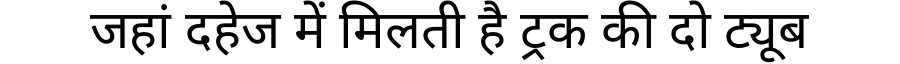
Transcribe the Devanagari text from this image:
जहां दहेज में मिलती है ट्रक की दो ट्यूब